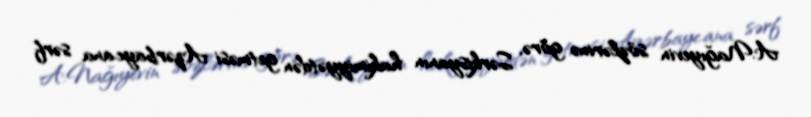
A.Nağıyevin sözlərinə görə, Sərkisyanın hakimiyyətdən getməsi Azərbaycana sərf